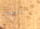
يفهمها